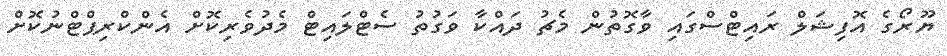
ޔޫރޯގެ އޮފިޝަލް ރައިޓްސްގައި ވާގޮތުން މެޗު ދައްކާ ވަގުތު ސެޓްލައިޓް މެދުވެރިކޮށް އެންކްރިޕްޓްނުކޮށް